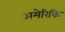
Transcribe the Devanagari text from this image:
अमेरिकि